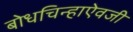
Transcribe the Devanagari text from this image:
बोधचिन्हाऐवजी